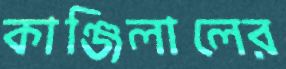
কাঞ্জিলালের